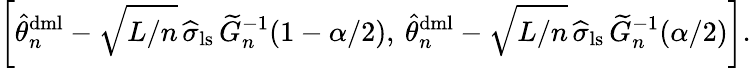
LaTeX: \left[\widehat{\theta}_{n}^{\mathrm{dml}}-\sqrt{L/n}\, \widehat{\sigma}_{\mathrm{ls}}\, \widetilde{G}_{n}^{-1}(1-\alpha/2),\: \widehat{\theta}_{n}^{\mathrm{dml}}-\sqrt{L/n}\, \widehat{\sigma}_{\mathrm{ls}}\, \widetilde{G}_{n}^{-1}(\alpha/2)\right].